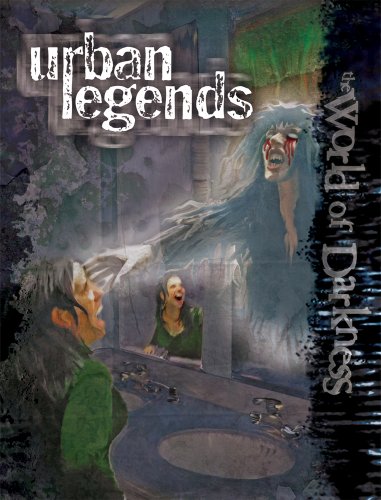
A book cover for Urban Legends (World of Darkness); Will Hindmarch; Humor & Entertainment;